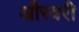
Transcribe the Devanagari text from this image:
औरवरी